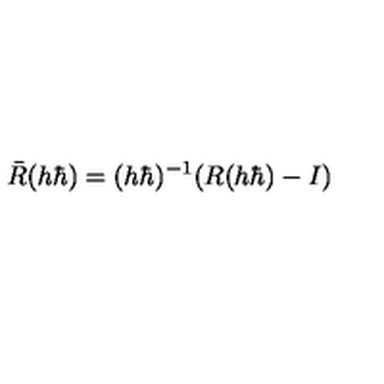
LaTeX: \bar { R } ( h \hbar ) = ( h \hbar ) ^ { - 1 } ( R ( h \hbar ) - I )